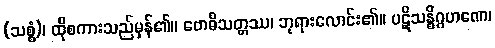
(သစ္စံ)၊ ထိုစကားသည်မှန်၏။ ဗောဓိသတ္တဿ၊ ဘုရားလောင်း၏။ ပဋိသန္ဓိဂ္ဂဟဏေ၊